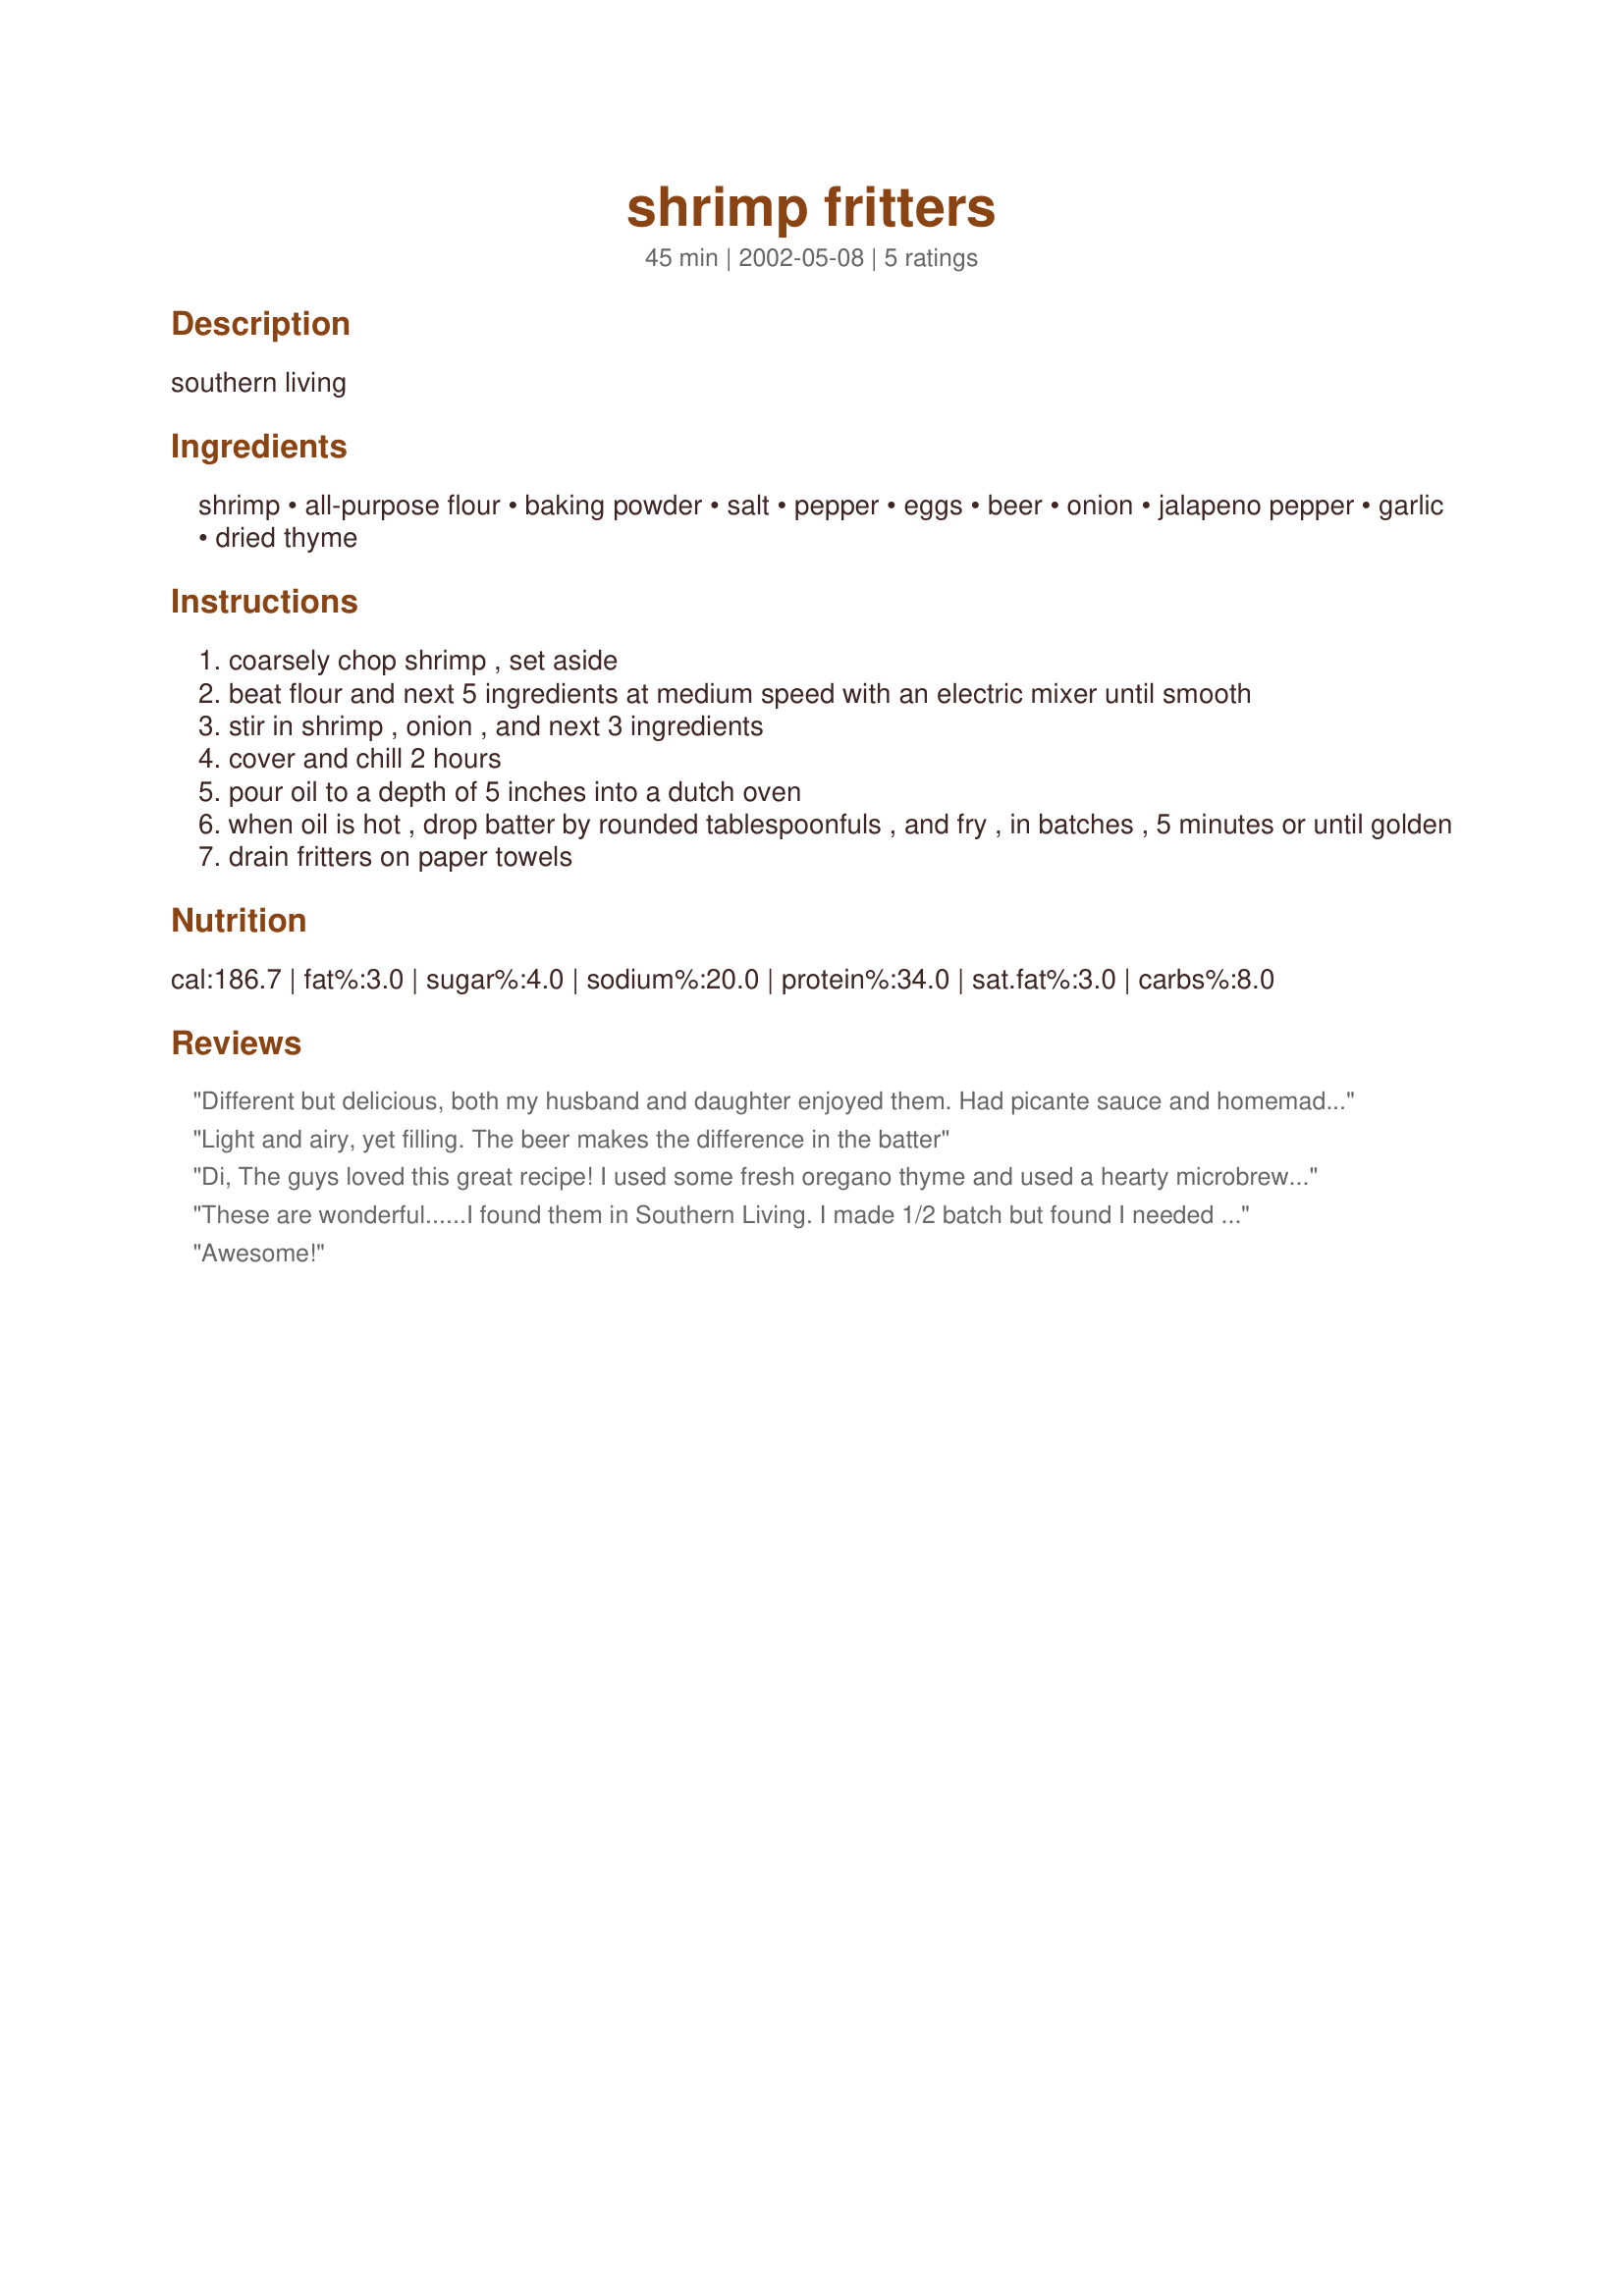
shrimp fritters
Preparation time: 45 minutes

southern living

Ingredients:
shrimp, all-purpose flour, baking powder, salt, pepper, eggs, beer, onion, jalapeno pepper, garlic, dried thyme

Steps:
coarsely chop shrimp , set aside
beat flour and next 5 ingredients at medium speed with an electric mixer until smooth
stir in shrimp , onion , and next 3 ingredients
cover and chill 2 hours
pour oil to a depth of 5 inches into a dutch oven
when oil is hot , drop batter by rounded tablespoonfuls , and fry , in batches , 5 minutes or until golden
drain fritters on paper towels

Reviews:
Different but delicious, both my husband and daughter enjoyed them. Had picante sauce and homemade guacamole for dips.
Light and airy, yet filling. The beer makes the difference in the batter
Di,
The guys loved this great recipe! I used some fresh oregano thyme and used a hearty microbrewery beer (Shipyard) in the batter. Really flavorful. A keeper for sure! Thanks for posting.
Barb
These are wonderful......I found them in Southern Living.

I made 1/2 batch but found I needed the entire 1/4 cup of beer. I also used a darker microbrewery style beer.
Awesome!
